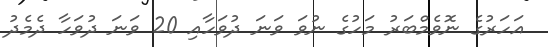
އަހަރުގެ ނޮވެމްބަރު މަހުގެ ނުވަ ވަނަ ދުވަހާއި 20 ވަނަ ދުވަހާ ދެމެދު